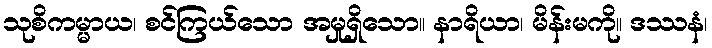
သုစိကမ္မာယ၊ စင်ကြယ်သော အမှုရှိသော။ နာရိယာ၊ မိန်းမကို။ ဒဿနံ၊